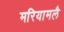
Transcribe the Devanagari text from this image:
मरियामलै